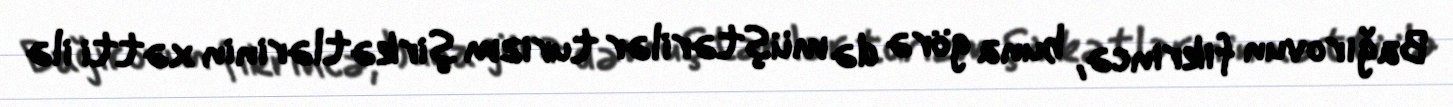
Bağırovun fikrincə, buna görə də müştərilər turizm şirkətlərinin xətti ilə